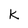
Character: K